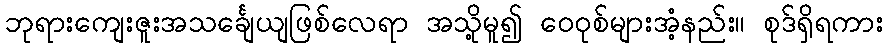
ဘုရားကျေးဇူးအသင်္ချေယျဖြစ်လေရာ အသို့မူ၍ ဝေဝုစ်များအံ့နည်း။ စုဒ်ရှိရကား